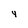
Character: 4